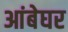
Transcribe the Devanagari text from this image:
आंबेघर